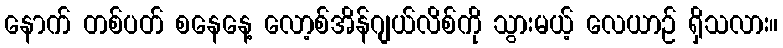
နောက် တစ်ပတ် စနေနေ့ လော့စ်အိန်ဂျယ်လိစ်ကို သွားမယ့် လေယာဉ် ရှိသလား။